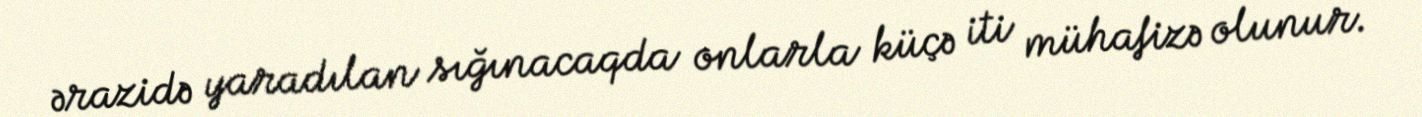
ərazidə yaradılan sığınacaqda onlarla küçə iti mühafizə olunur.